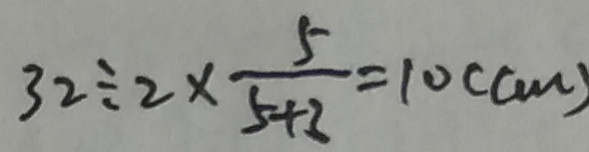
3 2 \div 2 \times \frac { 5 } { 5 + 3 } = 1 0 ( c m )